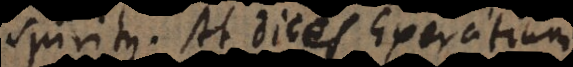
spiritus. At dices Exercitium